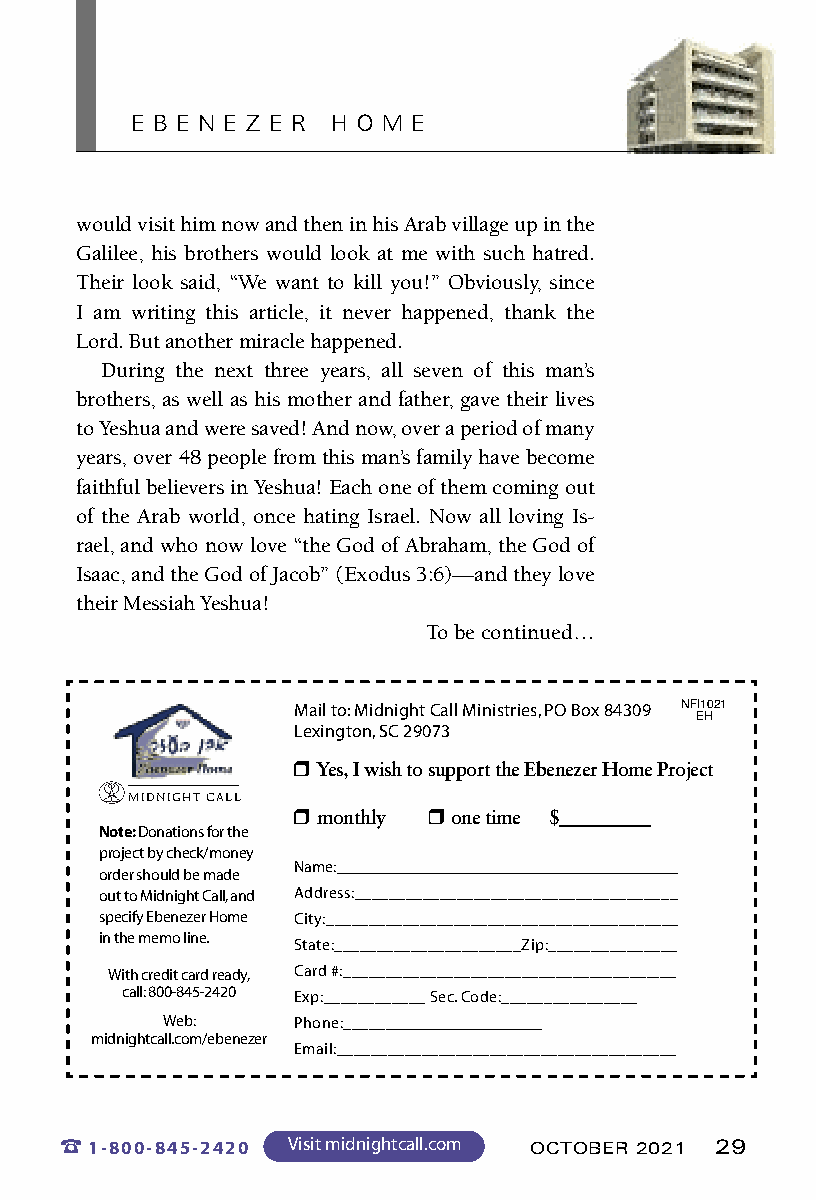
E B E N E Z E R H O M E
 would visit him now and then in his Arab village up in the
 Galilee, his brothers would look at me with such hatred.
 Their look said, “We want to kill you!” Obviously, since
 I am writing this article, it never happened, thank the
 Lord. But another miracle happened.
 During the next three years, all seven of this man’s
 brothers, as well as his mother and father, gave their lives
 to Yeshua and were saved! And now, over a period of many
 years, over 48 people from this man’s family have become
 faithful believers in Yeshua! Each one of them coming out
 of the Arab world, once hating Israel. Now all loving Is-
 rael, and who now love “the God of Abraham, the God of
 Isaac, and the God of Jacob” (Exodus 3:6)—and they love
 their Messiah Yeshua!
 To be continued…
 Mail to: Midnight Call Ministries, PO Box 84309 NFI1021
 Lexington, SC 29073        EH
 r Yes, I wish to support the Ebenezer Home Project
 MIDNIGHT CALL
 r monthly r one time $__________
 Note: Donations for the
 project by check/money
 Name:___________________________________________
 order should be made
 out to Midnight Call, and Address:______________________________________
 specify Ebenezer Home City:__________________________________________
 in the memo line.
 State:______________________Zip:________________
 With credit card ready, Card #:________________________________________
 call: 800-845-2420 Exp:____________ Sec. Code:________________
 Web:    Phone:_________________________
 midnightcall.com/ebenezer
 Email:________________________________________
 %1-800-845-2420 Visit midnightcall.com OCTOBER 2021 29